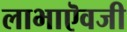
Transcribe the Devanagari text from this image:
लाभाऎवजी